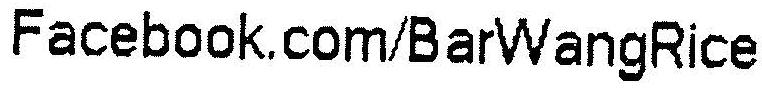
FACEBOOK COM/BARWANGRICE